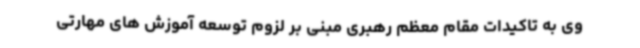
وی به تاکیدات مقام معظم رهبری مبنی بر لزوم توسعه آموزش های مهارتی